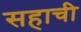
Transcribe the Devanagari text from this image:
सहाची